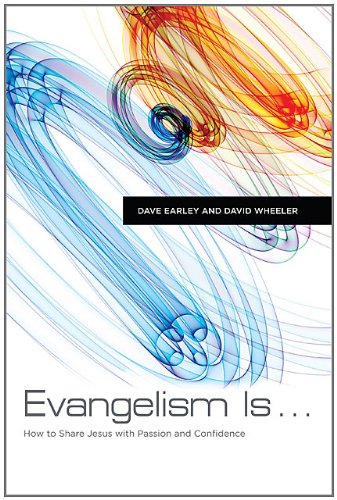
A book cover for Evangelism Is . . .: How to Share Jesus with Passion and Confidence; Dave Earley; Christian Books & Bibles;